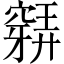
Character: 𥨋